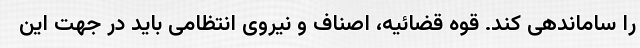
را ساماندهی کند. قوه قضائیه، اصناف و نیروی انتظامی باید در جهت این